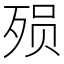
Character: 殒